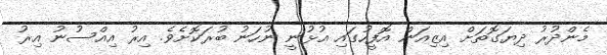
މެންދުރު ދިޔަގޮތަށް އިޒިއަން އޮފީހުގައި އުޅުނީ ނުހަނު ބުރަކޮށެވެ. އިރު އިއްސުނު އިރު